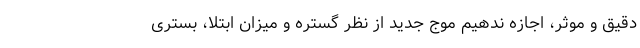
دقیق و موثر، اجازه ندهیم موج جدید از نظر گستره و میزان ابتلا، بستری